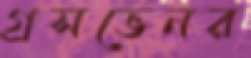
গ্রসভেনর